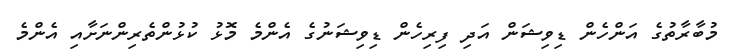
މުބާރާތުގެ އަންހެން ޑިވިޝަން އަދި ފިރިހެން ޑިވިޝަނުގެ އެންމެ މޮޅު ކުޅުންތެރިންނަށާއި އެންމެ